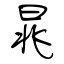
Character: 晁